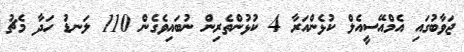
ޖަވާބުގައި އެމްއޭސީއެލް ކުޅެންއަރާ 4 ކުޅުންތެރިން ނުބައިވެގެން 110 ލަނޑު ހަދާ މެޗު